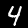
Digit: 4